Punjab Mental Hospital Lahore 1932-46 - 1932-1946
Year: 1932
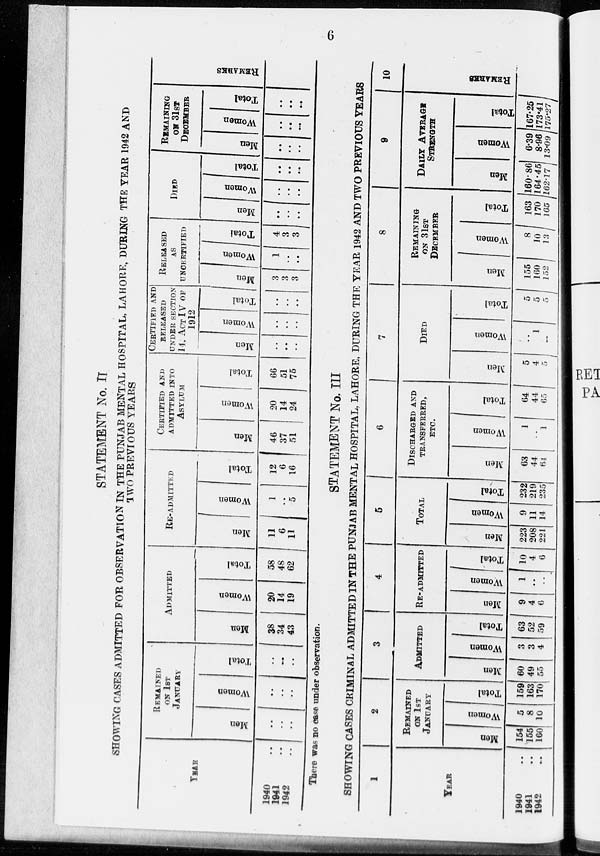
6
STATEMENT No. II
SHOWING CASES ADMITTED FOR OBSERVATION IN THE PUNJAB MENTAL HOSPITAL, LAHORE, DURING THE YEAR 1942 AND
TWO PREVIOUS YEARS
YEAR
1940 ..
1941 ..
1942 ..
REMAINED
ON 1ST
JANUARY
Men
..
..
..
Women
..
..
..
Total
..
..
..
ADMITTED
Men
38
34
43
Women
20
14
19
Total
58
48
62
RE-ADMITTED
Men
1 1
6
11
Women
1
..
5
Total
12
6
16
CERTIFIED AND
ADMITTED INTO
ASYLUM
Men
46
37
51
Women
20
14
24
Total
66
51
75
CERTIFIED AND
RELEASED
UNDER SECTION
14, ACT IV OF
1912
Men
..
..
..
Women
..
..
..
Total
..
..
..
RELEASED
AS
UNCERTIFIED
Men
3
3
3
Women
1
..
..
Total
4
3
3
DIED
Men
..
..
..
Women
..
..
..
Total
..
..
..
REMAINING
ON 31ST
DECEMBER
Men
..
..
..
Women
..
..
..
Total
..
..
..
REMARKS
There was no case under observation.
STATEMENT No. III
SHOWING CASES CRIMINAL ADMITTED IN THE PUNJAB MENTAL HOSPITAL, LAHORE, DURING THE YEAR 1942 AND TWO PREVIOUS YEARS
1
YEAR
1940 ..
1941 ..
1942 ..
2
REMAINED
ON 1ST
JANUARY
Men
154
155
160
Women
5
8
10
Total.
159
163
170
3
ADMITTED
Men
60
49
55
Women
3
3
4
Total.
63
52
59
4
RE-ADMITTED
Men
9
4
6
Women
1
..
..
Total.
10
4
6
5
TOTAL
Men
223
208
221
Women
9
11
14
Total.
232
219
235
6
DISCHARGED AND
TRANSFERRED,
ETC.
Men
63
44
64
Women
1
..
1
Total.
64
44
65
7
DIED
Men
5
4
5
Women
..
1
..
Total.
5
5
5
8
REMAINING
ON 31ST
DECEMBER
Men
155
160
152
Women
8
10
13
Total.
163
170
165
9
DAILY AVERAGE
STRENGTH
Men
160.86
164.45
162.17
Women
6.39
8.96
13.09
Total.
167.25
173.41
175.27
10
REMARKS.